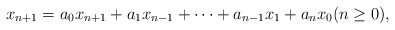
\begin{align*}x_{n+1}=a_0x_{n+1}+a_1x_{n-1}+\cdots+a_{n-1}x_1+a_nx_0(n\geq0),\end{align*}